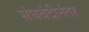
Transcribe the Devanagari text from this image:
संघबंदीनंतर